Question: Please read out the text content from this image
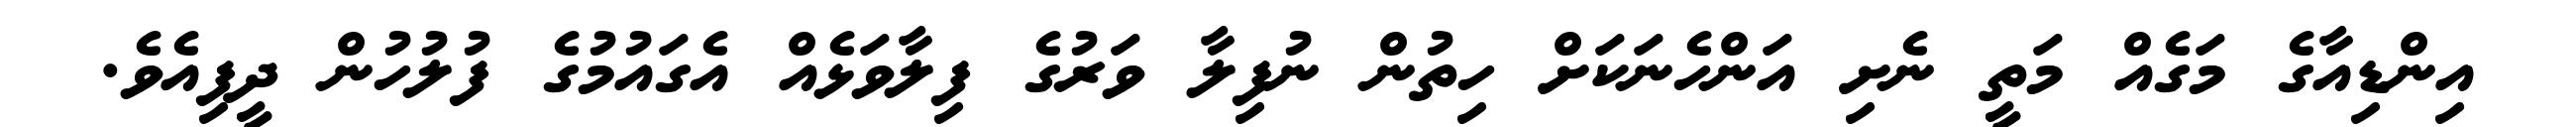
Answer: އިންޑިއާގެ މަގެއް މަތީ ނެށި އަންހެނަކަށް ހިތުން ނުފިލާ ވަރުގެ ފިލާވަޅެއް އެގައުމުގެ ފުލުހުން ދީފިއެވެ.